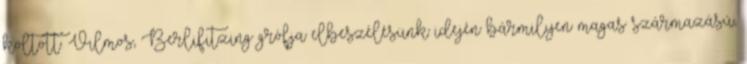
költött. Vilmos, Berlifitzing grófja elbeszélésünk idején bármilyen magas származású,